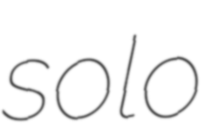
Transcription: solo